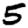
Digit: 5